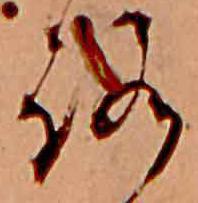
ろ